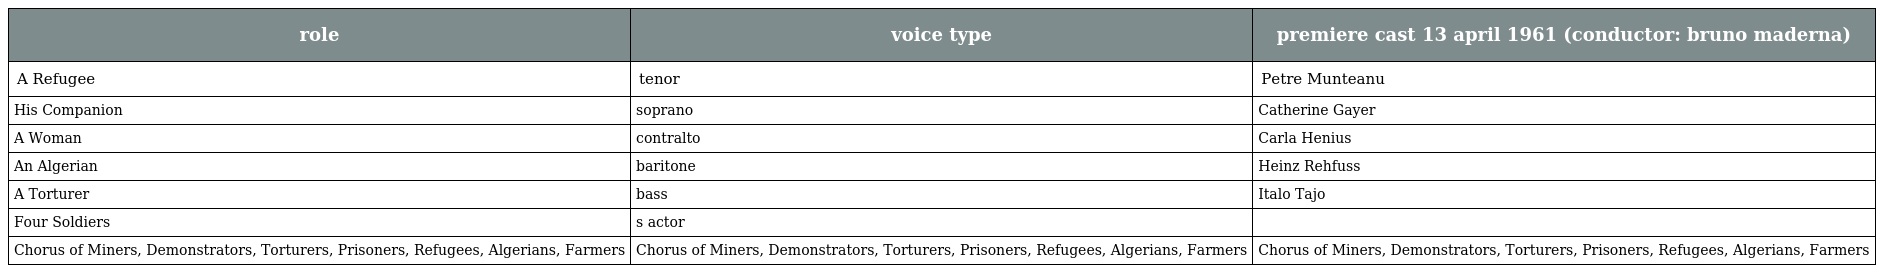
| role | voice type | premiere cast 13 april 1961 (conductor: bruno maderna) |
 | --- | --- | --- |
 | A Refugee | tenor | Petre Munteanu |
 | His Companion | soprano | Catherine Gayer |
 | A Woman | contralto | Carla Henius |
 | An Algerian | baritone | Heinz Rehfuss |
 | A Torturer | bass | Italo Tajo |
 | Four Soldiers | s actor |  |
 | Chorus of Miners, Demonstrators, Torturers, Prisoners, Refugees, Algerians, Farmers | Chorus of Miners, Demonstrators, Torturers, Prisoners, Refugees, Algerians, Farmers | Chorus of Miners, Demonstrators, Torturers, Prisoners, Refugees, Algerians, Farmers |